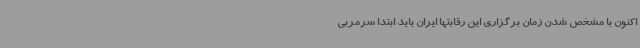
اکنون با مشخص شدن زمان برگزاری این رقابتها ایران باید ابتدا سرمربی